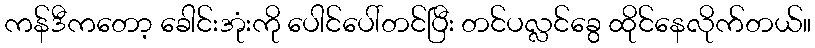
ကန်ဒီကတော့ ခေါင်းအုံးကို ပေါင်ပေါ်တင်ပြီး တင်ပလ္လင်ခွေ ထိုင်နေလိုက်တယ်။